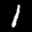
Label: 1